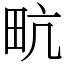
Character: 㽘